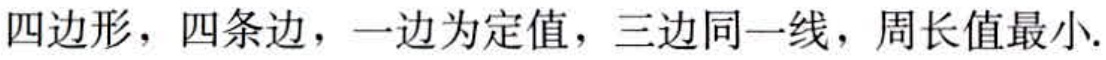
四边形，四条边，一边为定值，三边同一线，周长值最小.